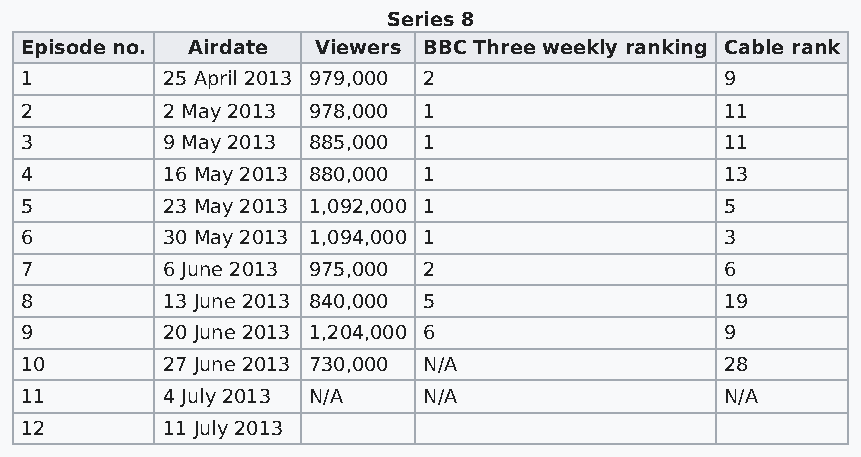
Series 8
 Episode no. Airdate Viewers BBC Three weekly ranking Cable rank
 1         25 April 2013 979,000 2              9
 2         2 May 2013 978,000 1                 11
 3         9 May 2013 885,000 1                 11
 4         16 May 2013 880,000 1                13
 5         23 May 2013 1,092,000 1              5
 6         30 May 2013 1,094,000 1              3
 7         6 June 2013 975,000 2                6
 8         13 June 2013 840,000 5               19
 9         20 June 2013 1,204,000 6             9
 10        27 June 2013 730,000 N/A             28
 11        4 July 2013 N/A  N/A                 N/A
 12        11 July 2013